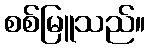
စစ်မြူသည်။